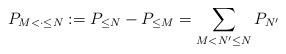
LaTeX: \begin{align*}P_{M < \cdot \le N} := P_{\le N} - P_{\le M} = \sum_{M < N^\prime \le N} P_{N^\prime}\end{align*}